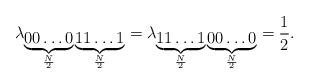
LaTeX: \begin{align*}\lambda_{\underbrace{00 \ldots 0}_{\frac{N}{2}}\underbrace{11 \ldots 1}_{\frac{N}{2}}}=\lambda_{\underbrace{11 \ldots 1}_{\frac{N}{2}}\underbrace{00 \ldots 0}_{\frac{N}{2}}}=\frac{1}{2}.\end{align*}